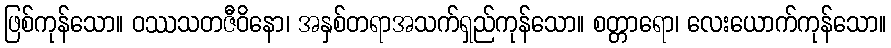
ဖြစ်ကုန်သော။ ဝဿသတဇီဝိနော၊ အနှစ်တရာအသက်ရှည်ကုန်သော။ စတ္တာရော၊ လေးယောက်ကုန်သော။